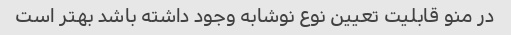
در منو قابلیت تعیین نوع نوشابه وجود داشته باشد بهتر است